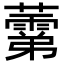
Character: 𧀾